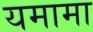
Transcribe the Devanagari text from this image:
यमामा